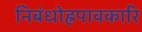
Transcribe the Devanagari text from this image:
निबंधोह्रपावकारि